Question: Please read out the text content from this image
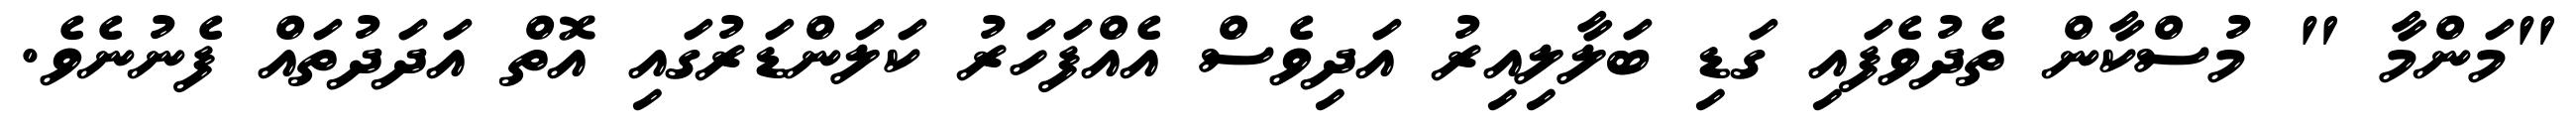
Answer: "މަންމާ " މުސްކާން ތެދުވެފައި ގަޑި ބަލާލިއިރު އަދިވެސް އެއްފަހަރު ކަލަންޑަރުގައި އޮތް އަދަދުތައް ފެނުނެވެ.